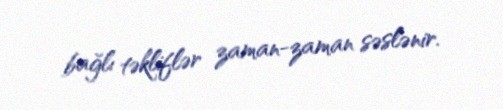
bağlı təkliflər zaman-zaman səslənir.